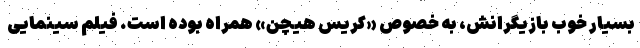
بسیار خوب بازیگرانش، به خصوص «کریس هیچن» همراه بوده است. فیلم سینمایی